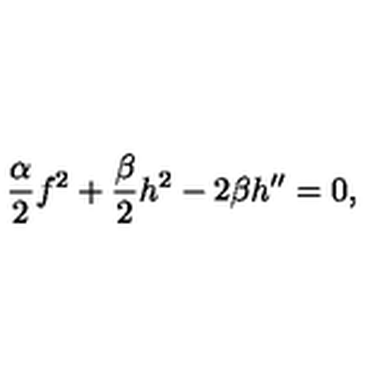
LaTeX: { \frac { \alpha } { 2 } } f ^ { 2 } + { \frac { \beta } { 2 } } h ^ { 2 } - 2 \beta h ^ { \prime \prime } = 0 ,